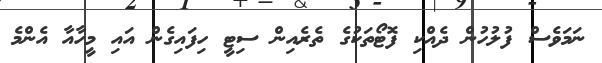
ނަމަވެސް ފުލުހުން ދެއްކި ފޮޓޯތަކުގެ ތެރެއިން ސިޓީ ހިފައިގެން އައި މީހާއާ އެންމެ